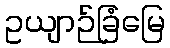
ဥယျာဉ်ခြံမြေ